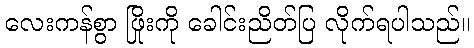
လေးကန်စွာ ဖြိုးကို ခေါင်းညိတ်ပြ လိုက်ရပါသည်။